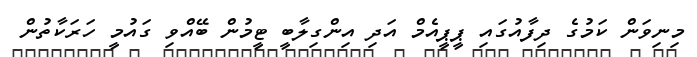
މިނިވަން ކަމުގެ ދިފާއުގައި ޕީޕީއެމް އަދި އިންގިލާބީ ޓީމުން ބޭއްވި ގައުމީ ހަރަކާތުން